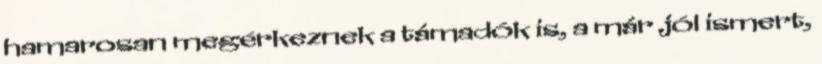
hamarosan megérkeznek a támadók is, a már jól ismert,